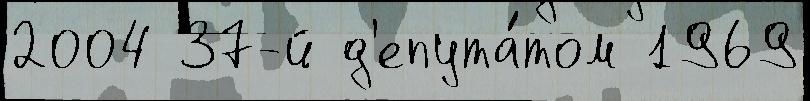
2004 37-й д'епута́том 1969